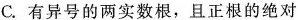
C.有异号的两实数根，且正根的绝对